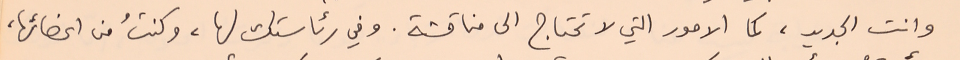
وانت الجديد، كما الامور التي لا تحتاج الى مناقشة. وفي رئاستك لها، وكنتُ من اعضائها،